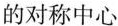
的对称中心